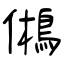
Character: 鵂